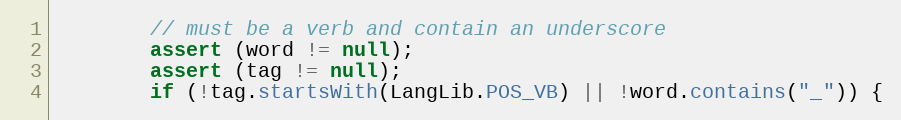
Language: Java
        // must be a verb and contain an underscore
        assert (word != null);
        assert (tag != null);
        if (!tag.startsWith(LangLib.POS_VB) || !word.contains("_")) {